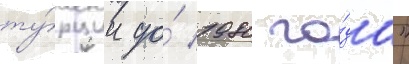
ту́рции до́ 1980 го́да"